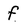
Character: f